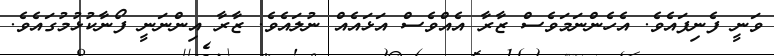
ވަނީ ފެނިފައެވެ. އެހެންނަމަވެސް ޒާރާ އެއްވެސް އަޅައެއް ނުލައެވެ. ޒާރާ އިންނަނީ ފޯނާކުޅުމުގައެވެ.